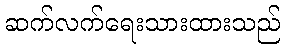
ဆက်လက်ရေးသားထားသည်